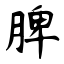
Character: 脾